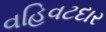
વહિવટદાર